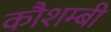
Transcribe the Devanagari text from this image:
कौशम्बी